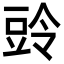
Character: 𮙒